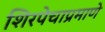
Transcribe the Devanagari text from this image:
शिरपेचाप्रमाणे